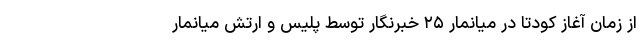
از زمان آغاز کودتا در میانمار ۲۵ خبرنگار توسط پلیس و ارتش میانمار